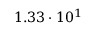
1 . 3 3 \cdot 1 0 ^ { 1 }